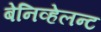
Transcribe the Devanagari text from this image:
बेनिव्हेलन्ट